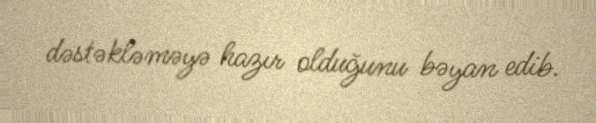
dəstəkləməyə hazır olduğunu bəyan edib.